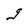
Character: g